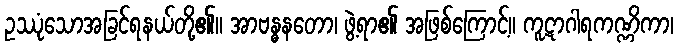
ဥဿုံသောအခြင်ရနယ်တို့၏။ အာဗန္ဓနတော၊ ဖွဲ့ရာ၏ အဖြစ်ကြောင့်။ ကူဋာဂါရကဏ္ဏိကာ၊